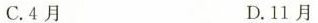
C.4月 D.11月